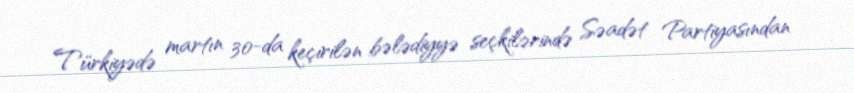
Türkiyədə martın 30-da keçirilən bələdiyyə seçkilərində Səadət Partiyasından